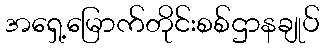
အရှေ့မြောက်တိုင်းစစ်ဌာနချုပ်